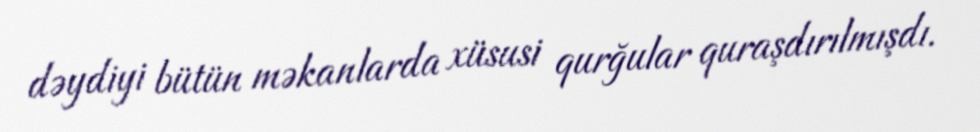
dəydiyi bütün məkanlarda xüsusi qurğular quraşdırılmışdı.